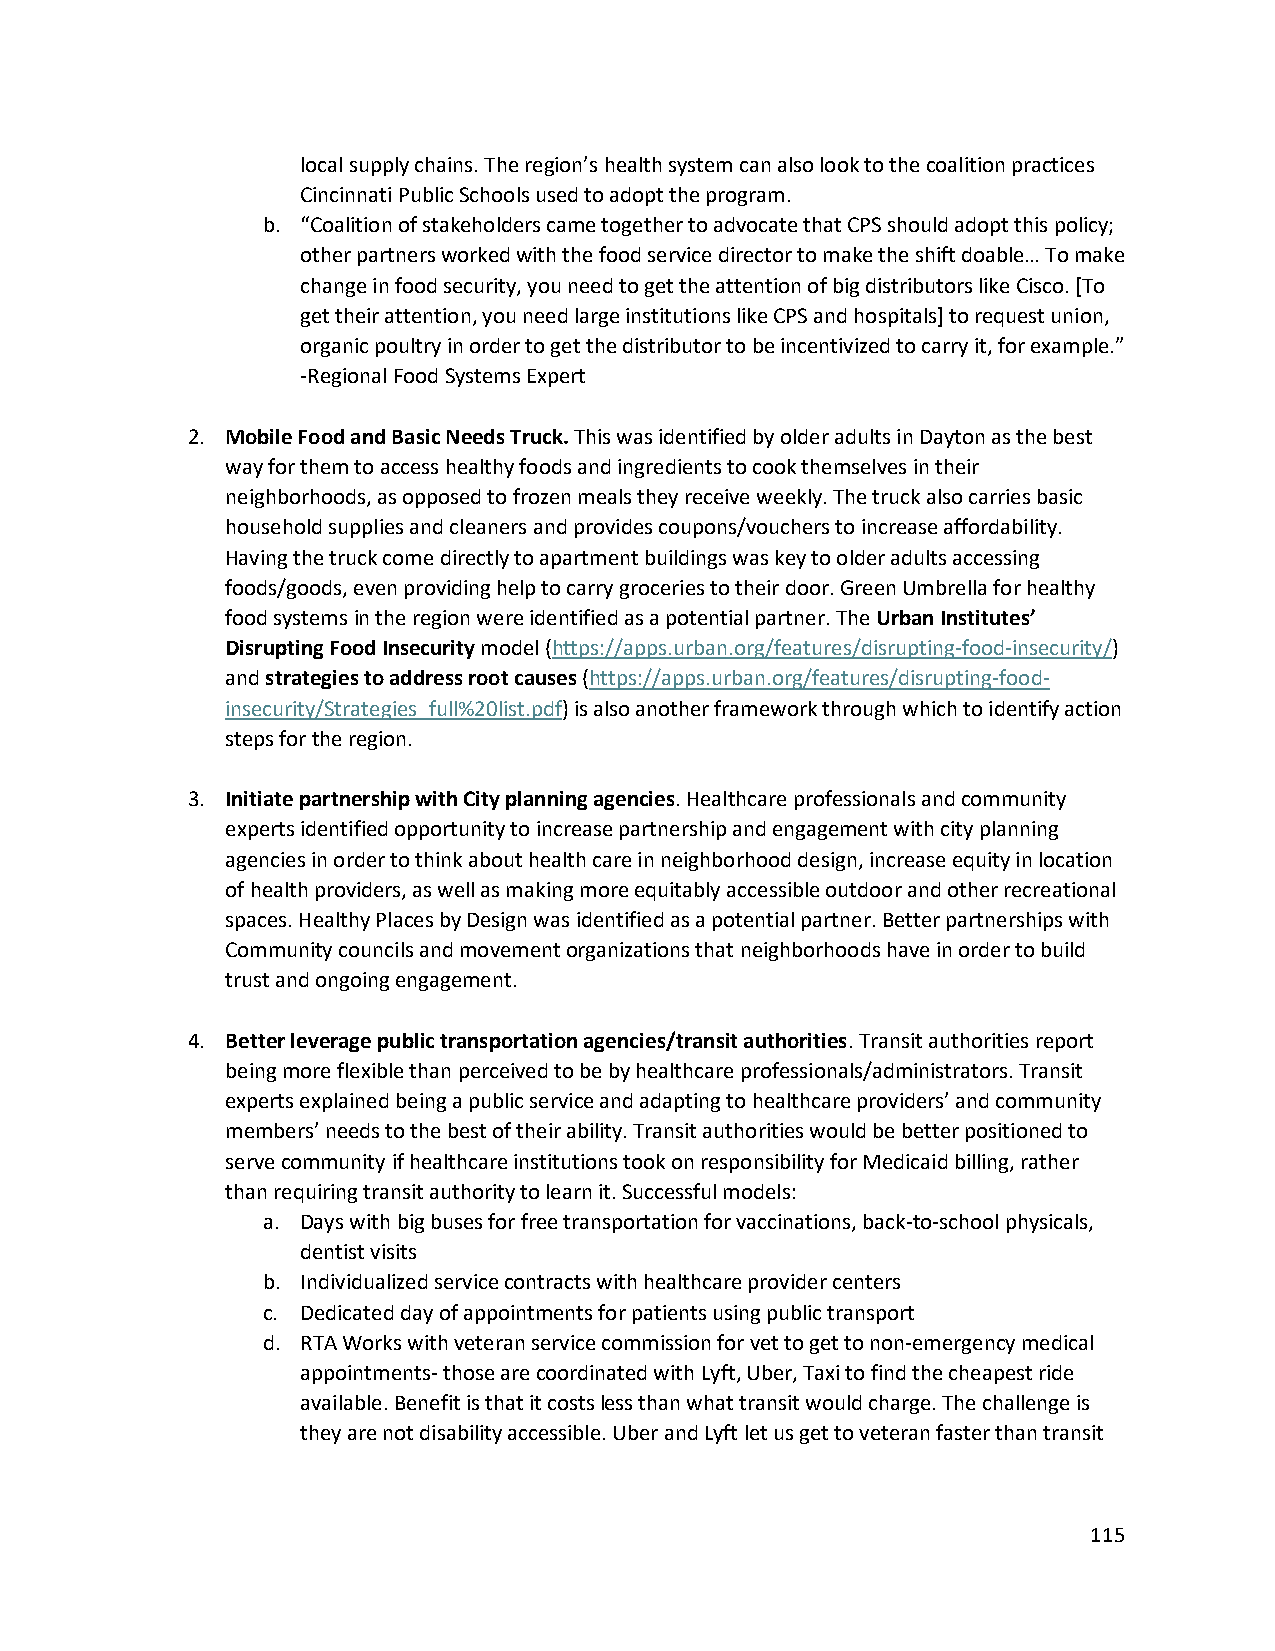
local supply chains. The region’s health system can also look to the coalition practices
 Cincinnati Public Schools used to adopt the program.
 b. “Coalition of stakeholders came together to advocate that CPS should adopt this policy;
 other partners worked with the food service director to make the shift doable… To make
 change in food security, you need to get the attention of big distributors like Cisco. [To
 get their attention, you need large institutions like CPS and hospitals] to request union,
 organic poultry in order to get the distributor to be incentivized to carry it, for example.”
 -Regional Food Systems Expert
 2. Mobile Food and Basic Needs Truck. This was identified by older adults in Dayton as the best
 way for them to access healthy foods and ingredients to cook themselves in their
 neighborhoods, as opposed to frozen meals they receive weekly. The truck also carries basic
 household supplies and cleaners and provides coupons/vouchers to increase affordability.
 Having the truck come directly to apartment buildings was key to older adults accessing
 foods/goods, even providing help to carry groceries to their door. Green Umbrella for healthy
 food systems in the region were identified as a potential partner. The Urban Institutes’
 Disrupting Food Insecurity model (https://apps.urban.org/features/disrupting-food-insecurity/)
 and strategies to address root causes (https://apps.urban.org/features/disrupting-food-
 insecurity/Strategies_full%20list.pdf) is also another framework through which to identify action
 steps for the region.
 3. Initiate partnership with City planning agencies. Healthcare professionals and community
 experts identified opportunity to increase partnership and engagement with city planning
 agencies in order to think about health care in neighborhood design, increase equity in location
 of health providers, as well as making more equitably accessible outdoor and other recreational
 spaces. Healthy Places by Design was identified as a potential partner. Better partnerships with
 Community councils and movement organizations that neighborhoods have in order to build
 trust and ongoing engagement.
 4. Better leverage public transportation agencies/transit authorities. Transit authorities report
 being more flexible than perceived to be by healthcare professionals/administrators. Transit
 experts explained being a public service and adapting to healthcare providers’ and community
 members’ needs to the best of their ability. Transit authorities would be better positioned to
 serve community if healthcare institutions took on responsibility for Medicaid billing, rather
 than requiring transit authority to learn it. Successful models:
 a. Days with big buses for free transportation for vaccinations, back-to-school physicals,
 dentist visits
 b. Individualized service contracts with healthcare provider centers
 c. Dedicated day of appointments for patients using public transport
 d. RTA Works with veteran service commission for vet to get to non-emergency medical
 appointments- those are coordinated with Lyft, Uber, Taxi to find the cheapest ride
 available. Benefit is that it costs less than what transit would charge. The challenge is
 they are not disability accessible. Uber and Lyft let us get to veteran faster than transit
 115